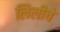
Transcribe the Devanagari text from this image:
लिलीचे